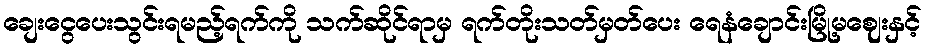
ချေးငွေပေးသွင်းရမည့်ရက်ကို သက်ဆိုင်ရာမှ ရက်တိုးသတ်မှတ်ပေး ရေနံချောင်းမြို့မဈေးနှင့်